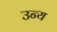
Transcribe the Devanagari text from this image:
उन्य